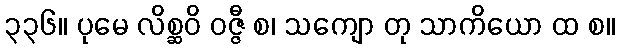
၃၃၆။ ပုမေ လိစ္ဆဝိ ဝဇ္ဇီ စ၊ သကျော တု သာကိယော ထ စ။